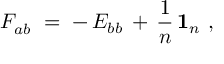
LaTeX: F _ { a b } ^ { } ~ = \; - \, E _ { b b } \, + \, \frac { 1 } { n } \, \mathbf { 1 } _ { n } ~ ,